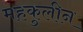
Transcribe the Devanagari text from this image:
महकुलीन